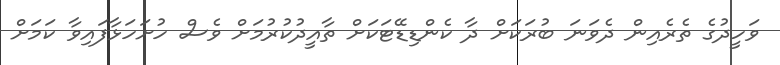
ވަހީދުގެ ތެރެއިން ދެވަނަ ބުރަކަށް ދާ ކެންޑިޑޭޓަކަށް ތާއީދުކުރުމަށް ވެސް ހުށަހަޅާފައިވާ ކަމަށް